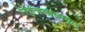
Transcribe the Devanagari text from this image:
निकुंजलीलागान